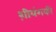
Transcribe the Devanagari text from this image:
श़ीयंगकी